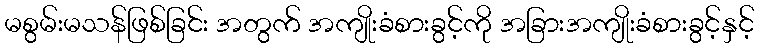
မစွမ်းမသန်ဖြစ်ခြင်း အတွက် အကျိုးခံစားခွင့်ကို အခြားအကျိုးခံစားခွင့်နှင့်